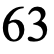
63